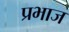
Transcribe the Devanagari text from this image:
प्रभाज